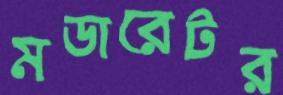
মডারেটর